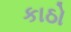
કાઠો